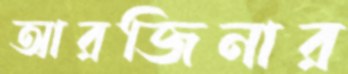
আরজিনার